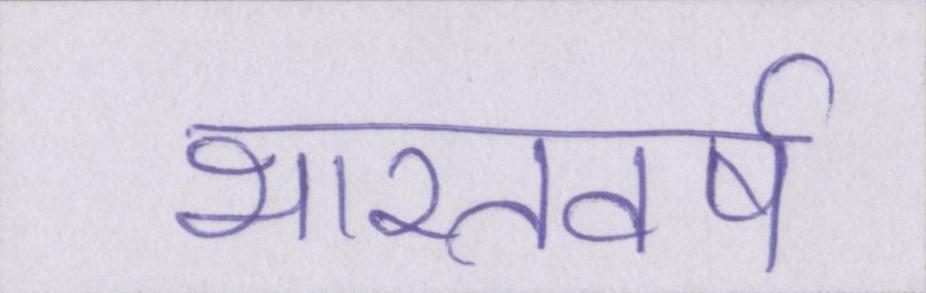
भारतवर्ष